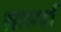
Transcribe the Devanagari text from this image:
लासर्दा